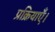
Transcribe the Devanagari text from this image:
प्रक्रियाएँ।